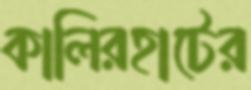
কালিরহাটের